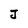
Character: J